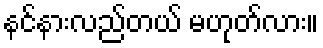
နင်နားလည်တယ် မဟုတ်လား။